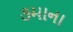
૭માના